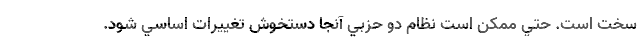
سخت است. حتي ممكن است نظام دو حزبي آنجا دستخوش تغييرات اساسي شود.